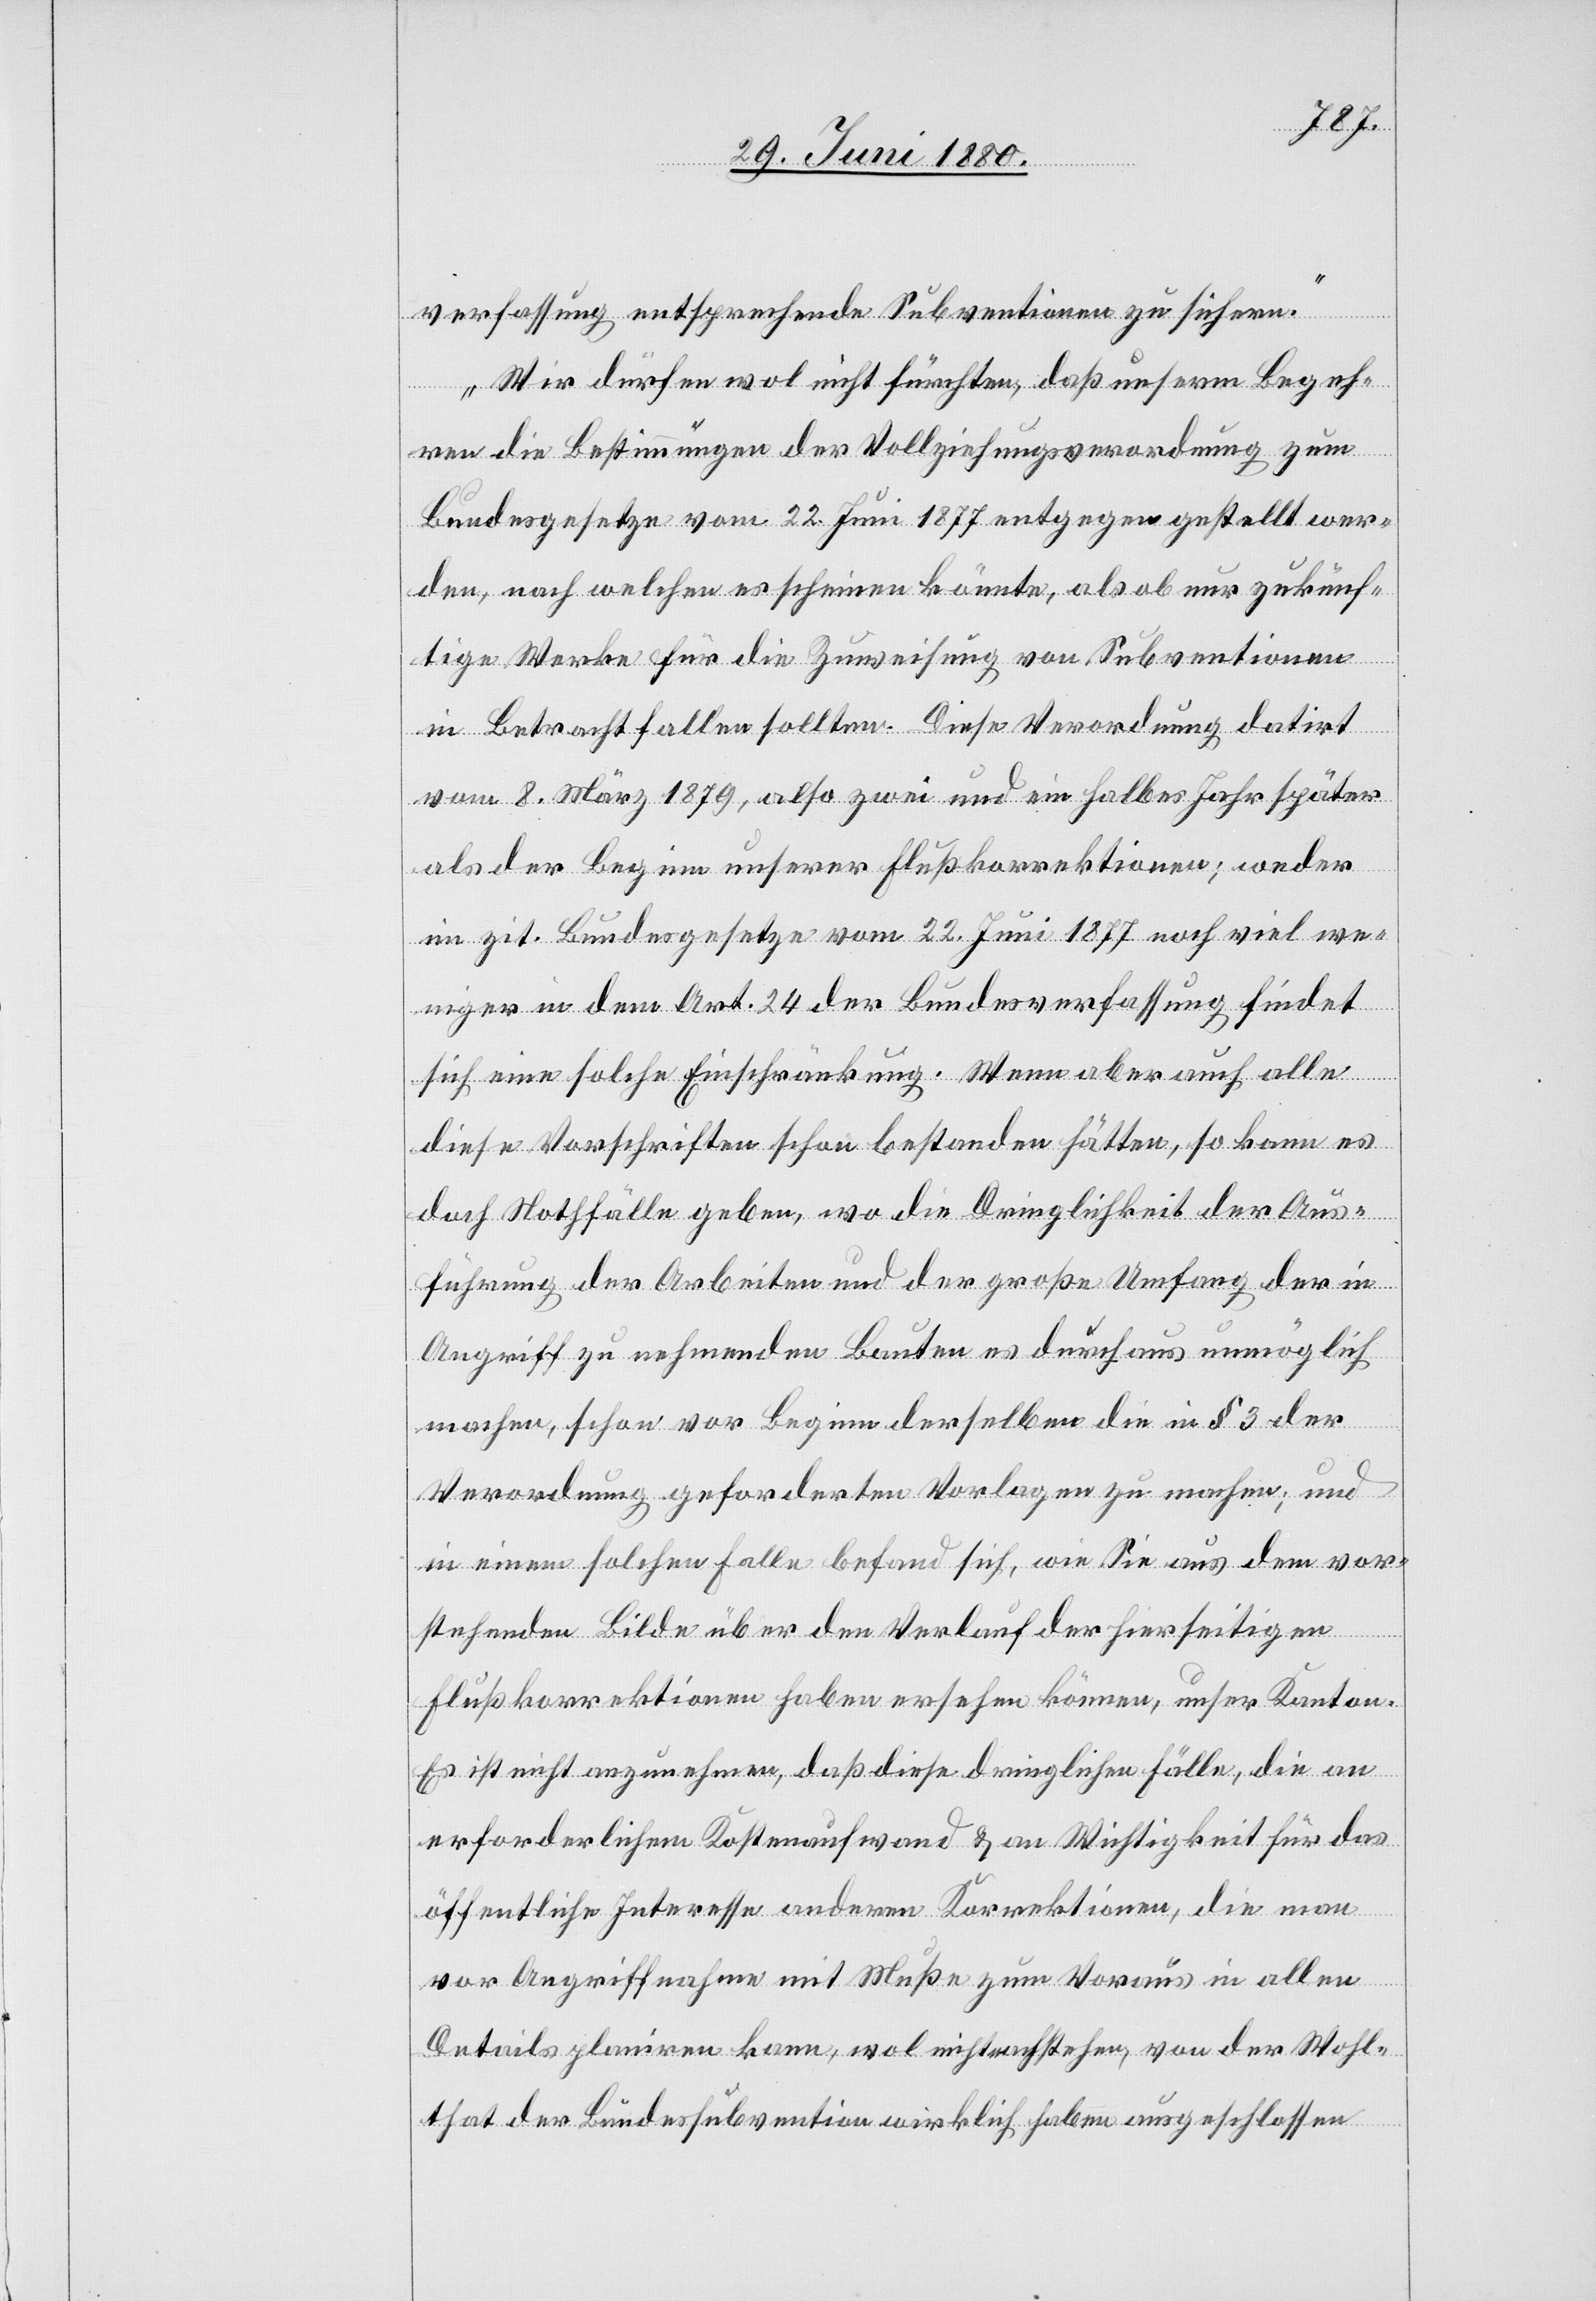
verfassung entsprechende Subventionen zu sichern.
Wir dürfen wol nicht fürchten, daß unserm Begeh¬
ren die Bestimmungen der Vollziehungsverordnung zum
Bundesgesetze vom 22. Juni 1877 entgegen gestellt wer¬
den, nach welchen es scheinen könnte, als ob nur zukünf¬
tige Werke für die Zuweisung von Subventionen
in Betracht fallen sollten. Diese Verordnung datirt
vom 8. März 1879, also zwei und ein halbes Jahr später
als der Beginn unserer Flußkorrektionen; weder
im zit. Bundesgesetze vom 22. Juni 1877 noch viel we¬
niger in dem Art. 24 der Bundesverfassung findet
sich eine solche Einschränkung. Wenn aber auch alle
diese Vorschriften schon bestanden hätten, so kann es
doch Nothfälle geben, wo die Dringlichkeit der Aus¬
führung der Arbeiten und der große Umfang der in
Angriff zu nehmenden Bauten es durchaus unmöglich
machen, schon vor Beginn derselben die in § 3 der
Verordnung geforderten Vorlagen zu machen; und
in einem solchen Falle befand sich, wie Sie aus dem vor¬
stehenden Bilde über den Verlauf der hierseitigen
Flußkorrektionen haben ersehen können, unser Kanton.
Es ist nicht anzunehmen, daß diese dringlichen Fälle, die an
erforderlichem Kostenaufwand & an Wichtigkeit für das
öffentliche Interesse anderen Korrektionen, die man
vor Angriffnahme mit Muße zum Voraus in allen
Details planiren kann, wol nicht nachstehen, von der Wohl¬
that der Bundessubvention wirklich habe ausgeschlossen